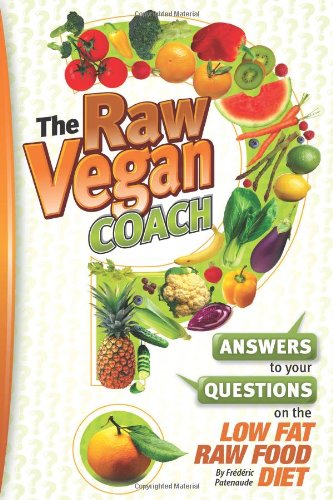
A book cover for The Raw Vegan Coach: Answering Your Questions on the Raw Food Diet; Frederic Patenaude; Health, Fitness & Dieting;